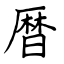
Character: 暦